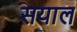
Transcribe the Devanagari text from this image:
सयाल